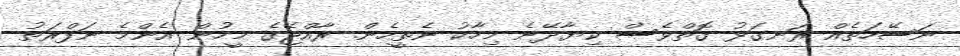
ނަސޭހަތެއް ރަނގަޅު ގޮތްވެސް ކިޔާދޭނެ މިހާކު ނެތީހެން. ރާއްޖޭގެ މީހުން އެންމެ ނަފްރަތު